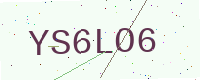
Text: YS6LO6